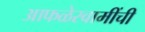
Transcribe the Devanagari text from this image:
आफळेस्वामींची